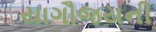
યાગૌજયની